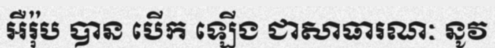
អឺរ៉ុប បាន បើក ឡើង ជាសាធារណៈ នូវ